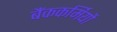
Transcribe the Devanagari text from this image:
बैंककर्मियों